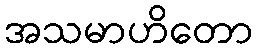
အသမာဟိတော